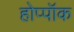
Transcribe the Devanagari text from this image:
होप्पॉक